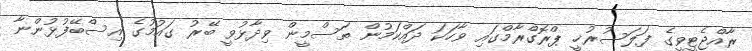
ރާއްޖެޓީވީގެ ފަލަސުރުޚީ ޕްރޮގްރާމްގައި ވާހަކަ ދައްކަމުން ތަސްމީން ވިދާޅުވީ ބޭރު ގައުމުގެ އިސްބޭފުޅުންނާ